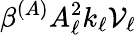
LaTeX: \beta^{(A)}A_{\ell}^{2}k_{\ell}\mathcal{V}_{\ell}